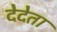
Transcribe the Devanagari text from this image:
देदेता